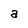
Character: a